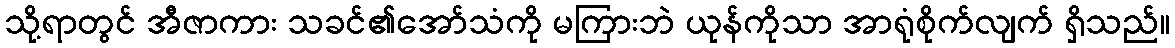
သို့ရာတွင် အီဇာကား သခင်၏အော်သံကို မကြားဘဲ ယုန်ကိုသာ အာရုံစိုက်လျက် ရှိသည်။